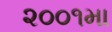
૨૦૦૧મા